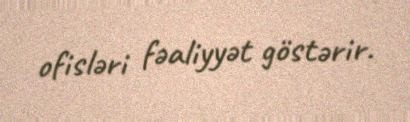
ofisləri fəaliyyət göstərir.